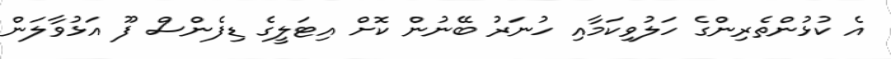
އެ ކުޅުންތެރިންގެ ހަލުވިކަމާއި ހުނަރު ބޭނުން ކޮށް އިޓަލީގެ ޑިފެންސް ފޫ އަޅުވާލަން